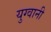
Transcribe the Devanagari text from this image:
युग्वानी